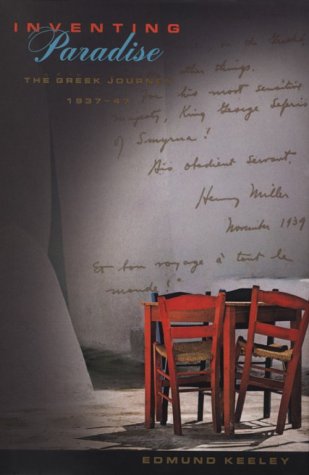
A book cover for Inventing Paradise: The Greek Journey, 1937-47; Edmund Keeley; Travel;